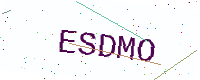
Text: ESDMO